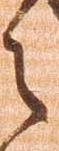
之